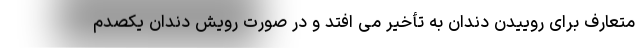
متعارف برای روییدن دندان به تأخیر می افتد و در صورت رویش دندان یکصدم